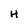
Character: H